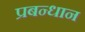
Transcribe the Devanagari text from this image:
प्रबन्धान